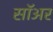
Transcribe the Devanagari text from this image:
सॉअर